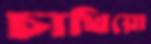
চাখিয়ো